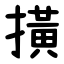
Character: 撗